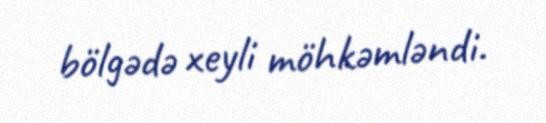
bölgədə xeyli möhkəmləndi.